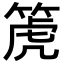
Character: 箎